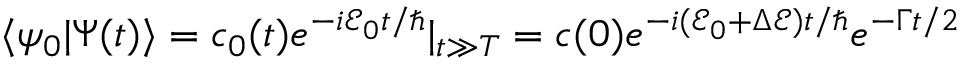
\langle \psi _ { 0 } | \Psi ( t ) \rangle = c _ { 0 } ( t ) e ^ { - i \mathcal { E } _ { 0 } t / \hbar } | _ { t \gg T } = c ( 0 ) e ^ { - i ( \mathcal { E } _ { 0 } + \Delta \mathcal { E } ) t / \hbar } e ^ { - \Gamma t / 2 }